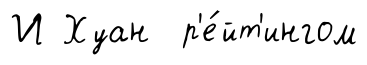
И Хуан р'е́йт'ингом